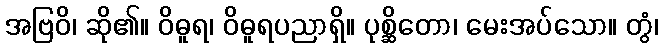
အဗြဝိ၊ ဆို၏။ ဝိဓူရ၊ ဝိဓူရပညာရှိ။ ပုစ္ဆိတော၊ မေးအပ်သော။ တွံ၊